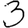
Digit: 3